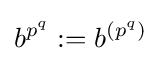
b^{p^{q}}:=b^{(p^{q})}